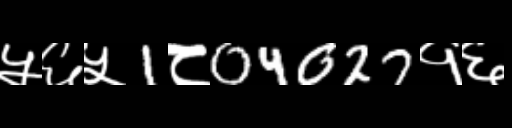
Text: ५६५1८04027१६